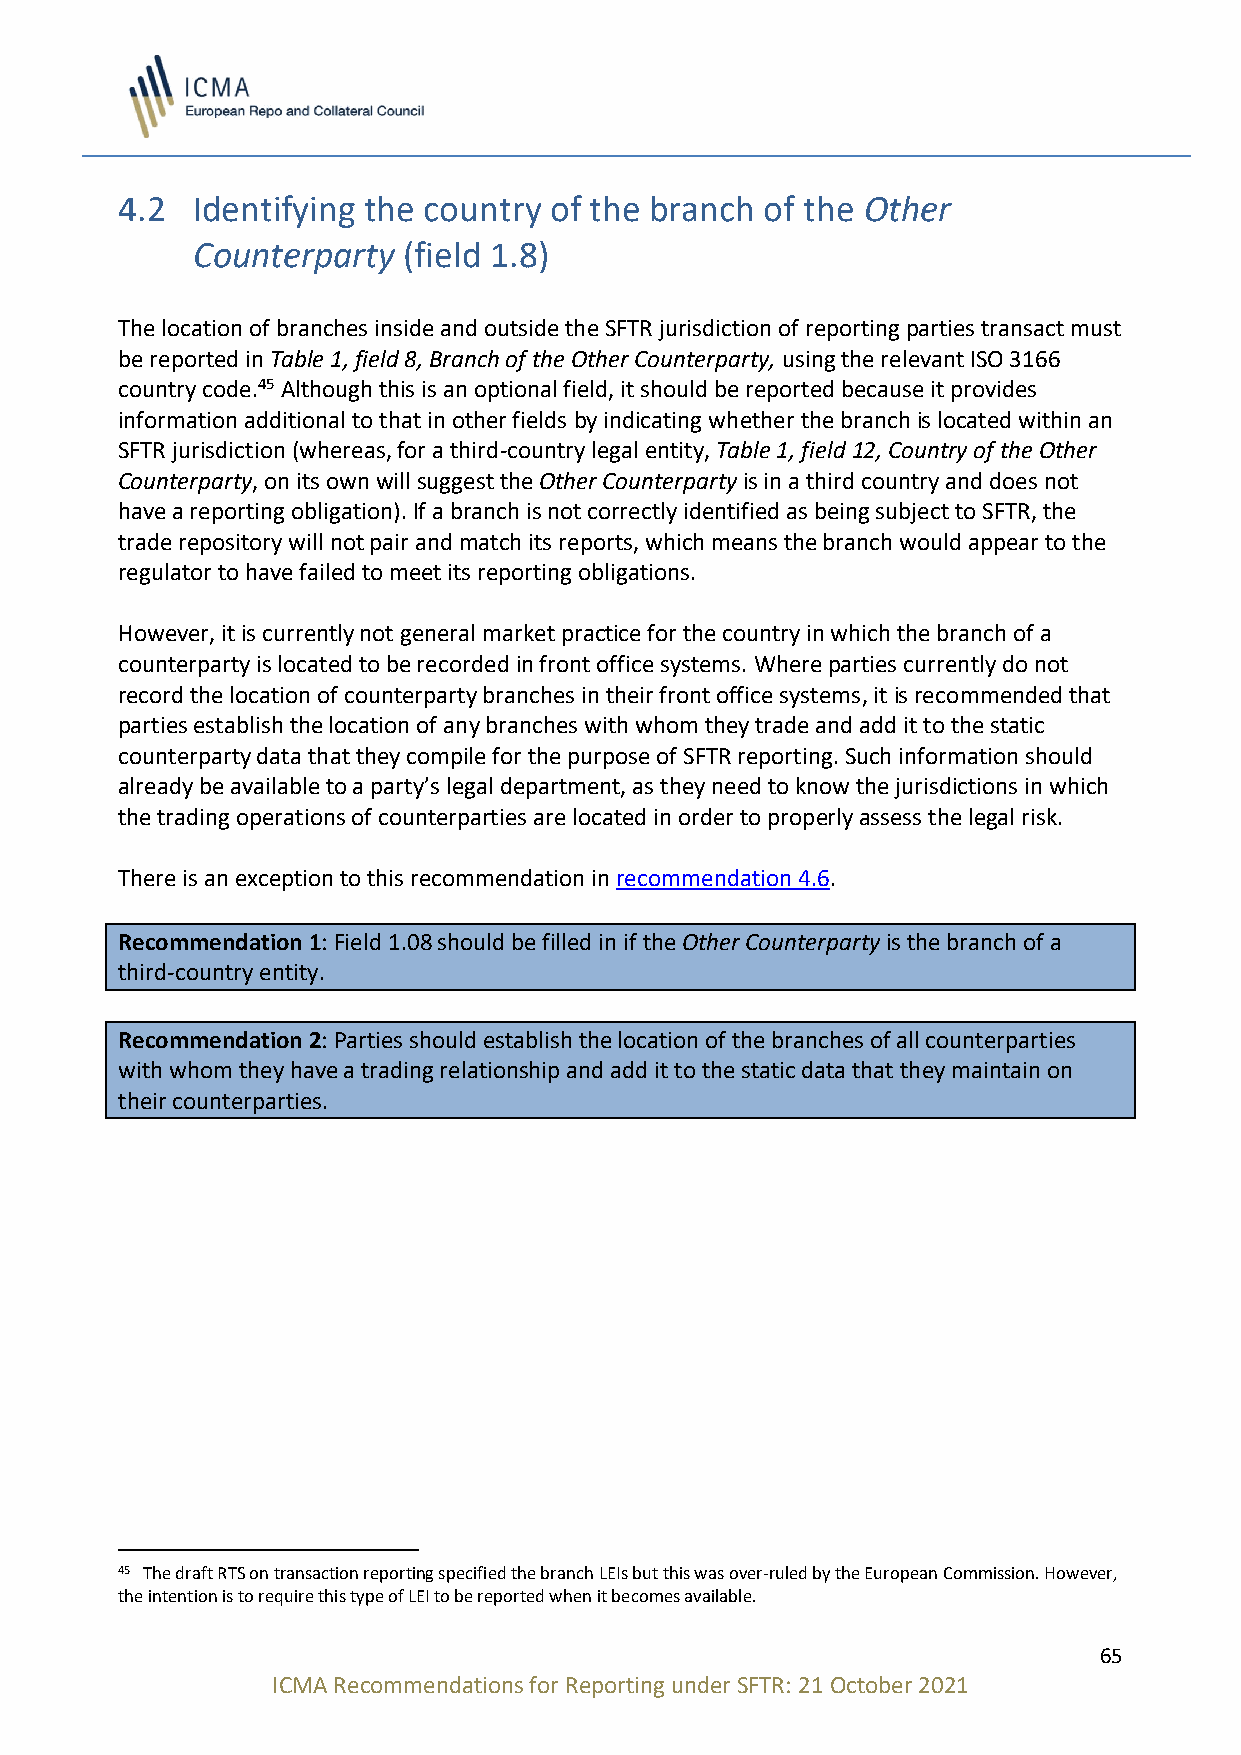
4.2  Identifying the country of the branch of the Other
 Counterparty  (field 1.8)
 The location of branches inside and outside the SFTR jurisdiction of reporting parties transact must
 be reported in Table 1, field 8, Branch of the Other Counterparty, using the relevant ISO 3166
 country code.45 Although this is an optional field, it should be reported because it provides
 information additional to that in other fields by indicating whether the branch is located within an
 SFTR jurisdiction (whereas, for a third-country legal entity, Table 1, field 12, Country of the Other
 Counterparty, on its own will suggest the Other Counterparty is in a third country and does not
 have a reporting obligation). If a branch is not correctly identified as being subject to SFTR, the
 trade repository will not pair and match its reports, which means the branch would appear to the
 regulator to have failed to meet its reporting obligations.
 However, it is currently not general market practice for the country in which the branch of a
 counterparty is located to be recorded in front office systems. Where parties currently do not
 record the location of counterparty branches in their front office systems, it is recommended that
 parties establish the location of any branches with whom they trade and add it to the static
 counterparty data that they compile for the purpose of SFTR reporting. Such information should
 already be available to a party’s legal department, as they need to know the jurisdictions in which
 the trading operations of counterparties are located in order to properly assess the legal risk.
 There is an exception to this recommendation in recommendation 4.6.
 Recommendation 1: Field 1.08 should be filled in if the Other Counterparty is the branch of a
 third-country entity.
 Recommendation 2: Parties should establish the location of the branches of all counterparties
 with whom they have a trading relationship and add it to the static data that they maintain on
 their counterparties.
 45 The draft RTS on transaction reporting specified the branch LEIs but this was over-ruled by the European Commission. However,
 the intention is to require this type of LEI to be reported when it becomes available.
 65
 ICMA Recommendations for Reporting under SFTR: 21 October 2021